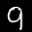
Label: 9